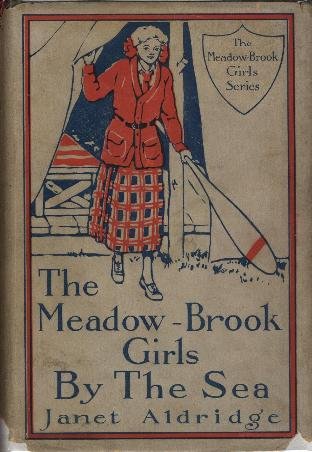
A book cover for The Meadow-Brook Girls by the Sea (or The Loss of The Lonesome Bar); Crafts, Hobbies & Home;